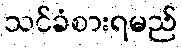
သင်ခံစားရမည်